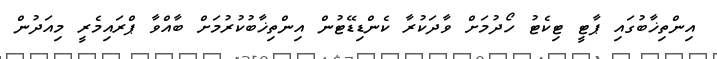
އިންތިޚާބުގައި ޕާޓީ ޓިކެޓު ހޯދުމަށް ވާދަކުރާ ކެންޑިޑޭޓުން އިންތިޚާބުކުރުމަށް ބާއްވާ ޕްރައިމެރީ މިއަދުން